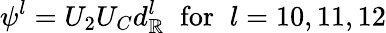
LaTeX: \psi^{l}=U_{2}U_{C}d_{\mathbb{R}}^{l}\; \; \mathrm{{for}}\; \; l=10,11,12